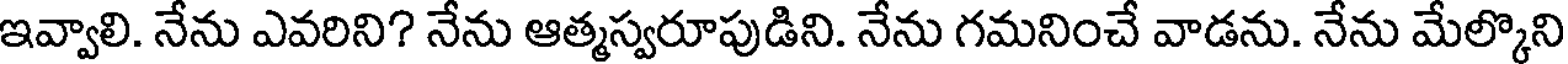
ఇవ్వాలి. నేను ఎవరిని? నేను ఆత్మస్వరూపుడిని. నేను గమనించే వాడను. నేను మేల్కొని